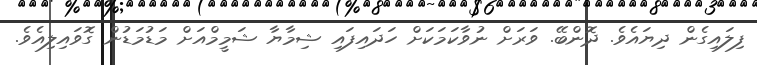
ފިލައިގެން ދިޔައެވެ. ދޮންބޭ. ވަރަށް ނުވާކަމަކަށް ހަދައިފައި ޝިމާޔާ ޝަމީމްއަށް މަޑުމަޑުން ގޮވައިލިއެވެ.